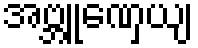
အဗ္ဘူဏှေယျ